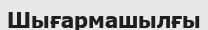
Шығармашылғы